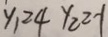
y _ { 1 } \geq 4 y _ { 2 } \geq - 1